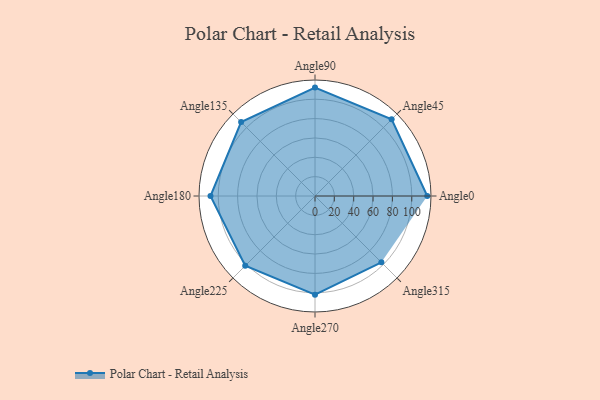
{"axis": {"x": "Angle", "y": "Radius"}, "legend": [""], "data": [{"x": "Angle0", "y": 116.0, "type": ""}, {"x": "Angle45", "y": 112.0, "type": ""}, {"x": "Angle90", "y": 112.0, "type": ""}, {"x": "Angle135", "y": 108.0, "type": ""}, {"x": "Angle180", "y": 108.0, "type": ""}, {"x": "Angle225", "y": 102.0, "type": ""}, {"x": "Angle270", "y": 102.0, "type": ""}, {"x": "Angle315", "y": 97.0, "type": ""}]}